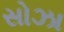
સોઝા